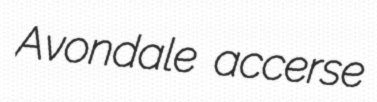
Avondale accerse